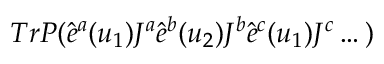
T r P ( \hat { e } ^ { a } ( u _ { 1 } ) J ^ { a } \hat { e } ^ { b } ( u _ { 2 } ) J ^ { b } \hat { e } ^ { c } ( u _ { 1 } ) J ^ { c } \dots )